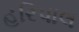
હરિપાલ